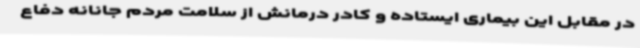
در مقابل این بیماری ایستاده و کادر درمانش از سلامت مردم جانانه دفاع